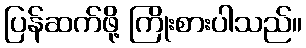
ပြန်ဆက်ဖို့ ကြိုးစားပါသည်။